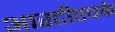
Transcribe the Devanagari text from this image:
आरटीएचके